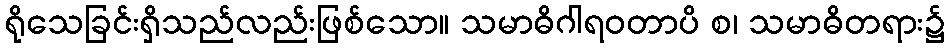
ရိုသေခြင်းရှိသည်လည်းဖြစ်သော။ သမာဓိဂါရဝတာပိ စ၊ သမာဓိတရား၌